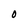
Character: O